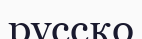
русско